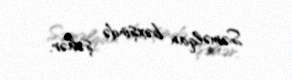
Səməlqan bəxşində şəhər.